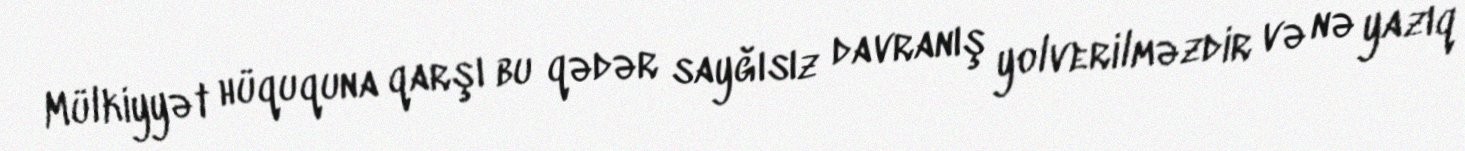
Mülkiyyət hüququna qarşı bu qədər sayğısız davranış yolverilməzdir və nə yazıq